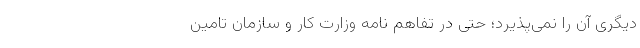
دیگری آن را نمی‌پذیرد؛ حتی در تفاهم نامه وزارت کار و سازمان تامین